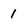
Character: 1